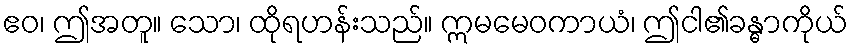
ဧဝ၊ ဤအတူ။ သော၊ ထိုရဟန်းသည်။ ဣမမေဝကာယံ၊ ဤငါ၏ခန္ဓာကိုယ်